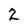
Character: 2